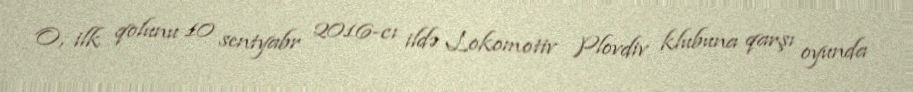
O, ilk qolunu 10 sentyabr 2016-cı ildə Lokomotiv Plovdiv klubuna qarşı oyunda